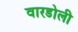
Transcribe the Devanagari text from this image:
वारडोली